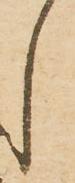
し